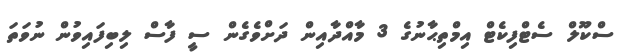
ސްކޫލް ސެޓްފިކެޓް އިމްތިޙާނުގެ 3 މާއްދާއިން ދަށްވެގެން ސީ ފާސް ލިބިފައިވުން ނުވަތަ